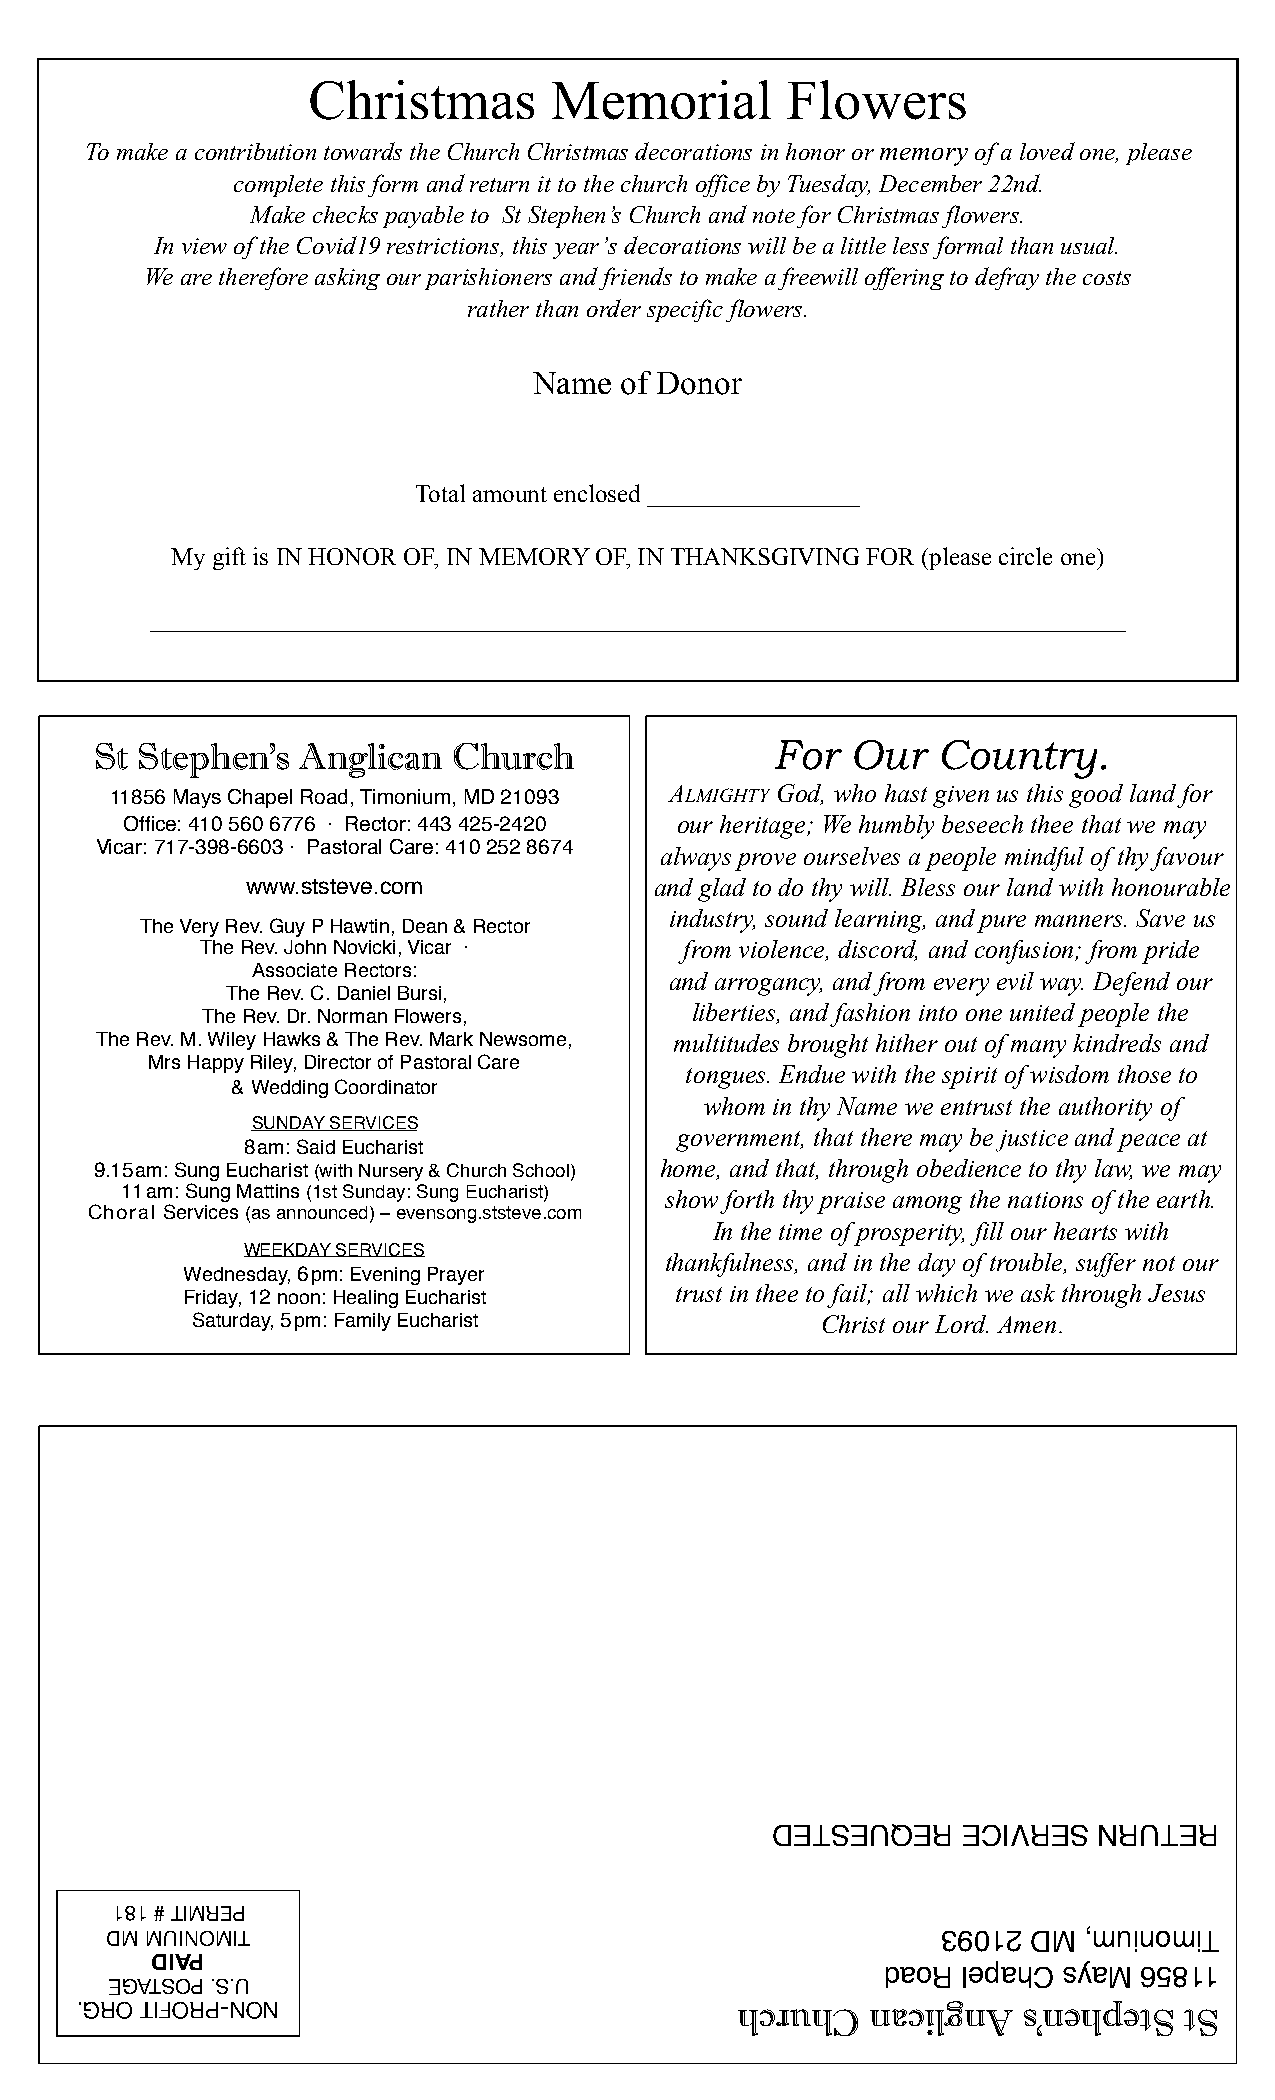
Christmas       Memorial        Flowers
 To make a contribution towards the Church Christmas decorations in honor or memory of a loved one, please
 complete this form and return it to the church office by Tuesday, December 22nd.
 Make checks payable to St Stephen’s Church and note for Christmas flowers.
 In view of the Covid19 restrictions, this year’s decorations will be a little less formal than usual.
 We are therefore asking our parishioners and friends to make a freewill offering to defray the costs
 rather than order specific flowers.
 Name  of Donor
 Total amount enclosed _________________
 My gift is IN HONOR OF, IN MEMORY OF, IN THANKSGIVING FOR (please circle one)
 ______________________________________________________________________________
 St Stephen’s  Anglican  Church               For  Our   Country.
 11856 Mays Chapel Road, Timonium, MD 21093
 ALMIGHTY God, who hast given us this good land for
 Office: 410 560 6776 · Rector: 443 425-2420 our heritage; We humbly beseech thee that we may
 Vicar: 717-398-6603 · Pastoral Care: 410 252 8674 always prove ourselves a people mindful of thy favour
 www.ststeve.com            and glad to do thy will. Bless our land with honourable
 industry, sound learning, and pure manners. Save us
 The Very Rev. Guy P Hawtin, Dean & Rector
 The Rev. John Novicki, Vicar ·  from violence, discord, and confusion; from pride
 Associate Rectors:
 and arrogancy, and from every evil way. Defend our
 The Rev. C. Daniel Bursi,
 liberties, and fashion into one united people the
 The Rev. Dr. Norman Flowers,
 The Rev. M. Wiley Hawks & The Rev. Mark Newsome, multitudes brought hither out of many kindreds and
 Mrs Happy Riley, Director of Pastoral Care
 tongues. Endue with the spirit of wisdom those to
 & Wedding Coordinator
 whom in thy Name we entrust the authority of
 SUNDAY SERVICES
 government, that there may be justice and peace at
 8am: Said Eucharist
 9.15am: Sung Eucharist (with Nursery & Church School) home, and that, through obedience to thy law, we may
 11am: Sung Mattins (1st Sunday: Sung Eucharist) show forth thy praise among the nations of the earth.
 Choral Services (as announced) – evensong.ststeve.com
 In the time of prosperity, fill our hearts with
 WEEKDAY SERVICES
 thankfulness, and in the day of trouble, suffer not our
 Wednesday, 6pm: Evening Prayer
 trust in thee to fail; all which we ask through Jesus
 Friday, 12 noon: Healing Eucharist
 Saturday, 5pm: Family Eucharist          Christ our Lord. Amen.
 DETSEUQER    ECIVRES  NRUTER
 181 # TIMREP
 DM MUINOMIT                                            39012 DM  ,muinomiT
 DIAP
 daoR lepahC syaM 65811
 EGATSOP .S.U
 .GRO TIFORP-NON                             hcruhC   nacilgnA  s’nehpetS tS